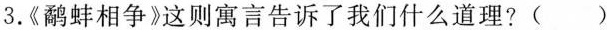
3.《鹬蚌相争》这则寓言告诉了我们什么道理? （ ）